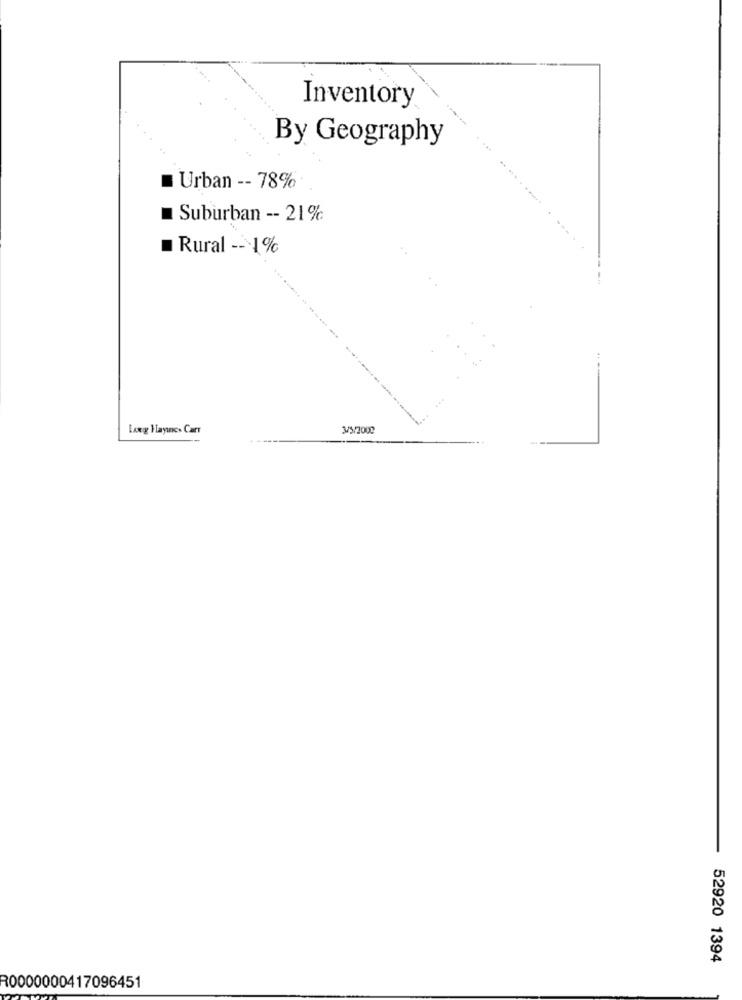
Inventory
By Geography
Urban -- 78%
Suburban -- 21%
Rural -- 1%
Long Haynes Carr
3/5/2009
52920 1394
R0000000417096451